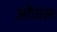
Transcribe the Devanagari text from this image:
ओंजल